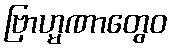
ဗြာဟ္မဏာတွေဝ